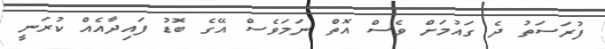
ފުރަސަތު ދެ ގައުމަށް ވެސް އޮތް ނަމަވެސް އޭގެ ބޮޑު ފައިދާއެއް ކުރަނީ